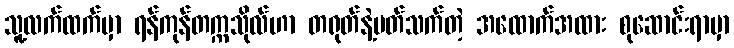
သူ့လက်ထက်မှာ ရန်ကုန်တက္ကသိုလ်ဟာ တရုတ်နဲ့ပတ်သက်တဲ့ အထောက်အထား စုဆောင်းရာမှာ